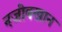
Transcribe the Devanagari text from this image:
नजीबखान